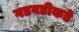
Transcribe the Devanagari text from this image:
गडबडीकडे